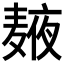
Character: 𲎒